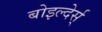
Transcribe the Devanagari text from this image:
बोइल्देर्स्